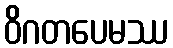
ဝိဂတပေမဿ